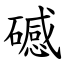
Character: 䃭